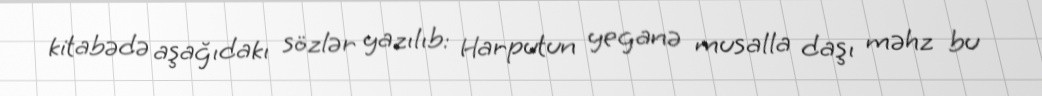
kitabədə aşağıdakı sözlər yazılıb: Harputun yeganə musalla daşı məhz bu